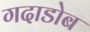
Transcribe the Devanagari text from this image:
गदाडोब